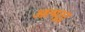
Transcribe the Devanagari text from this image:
आत्मद्वंद्व